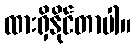
ထားရှိနိုင်တာပါ။